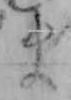
ま